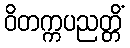
ဝိတက္ကပညတ္တိံ